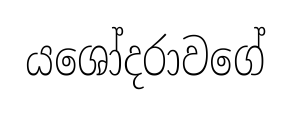
යශෝදරාවගේ